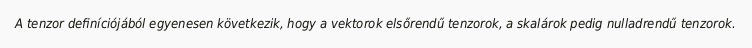
A tenzor definíciójából egyenesen következik, hogy a vektorok elsőrendű tenzorok, a skalárok pedig nulladrendű tenzorok.